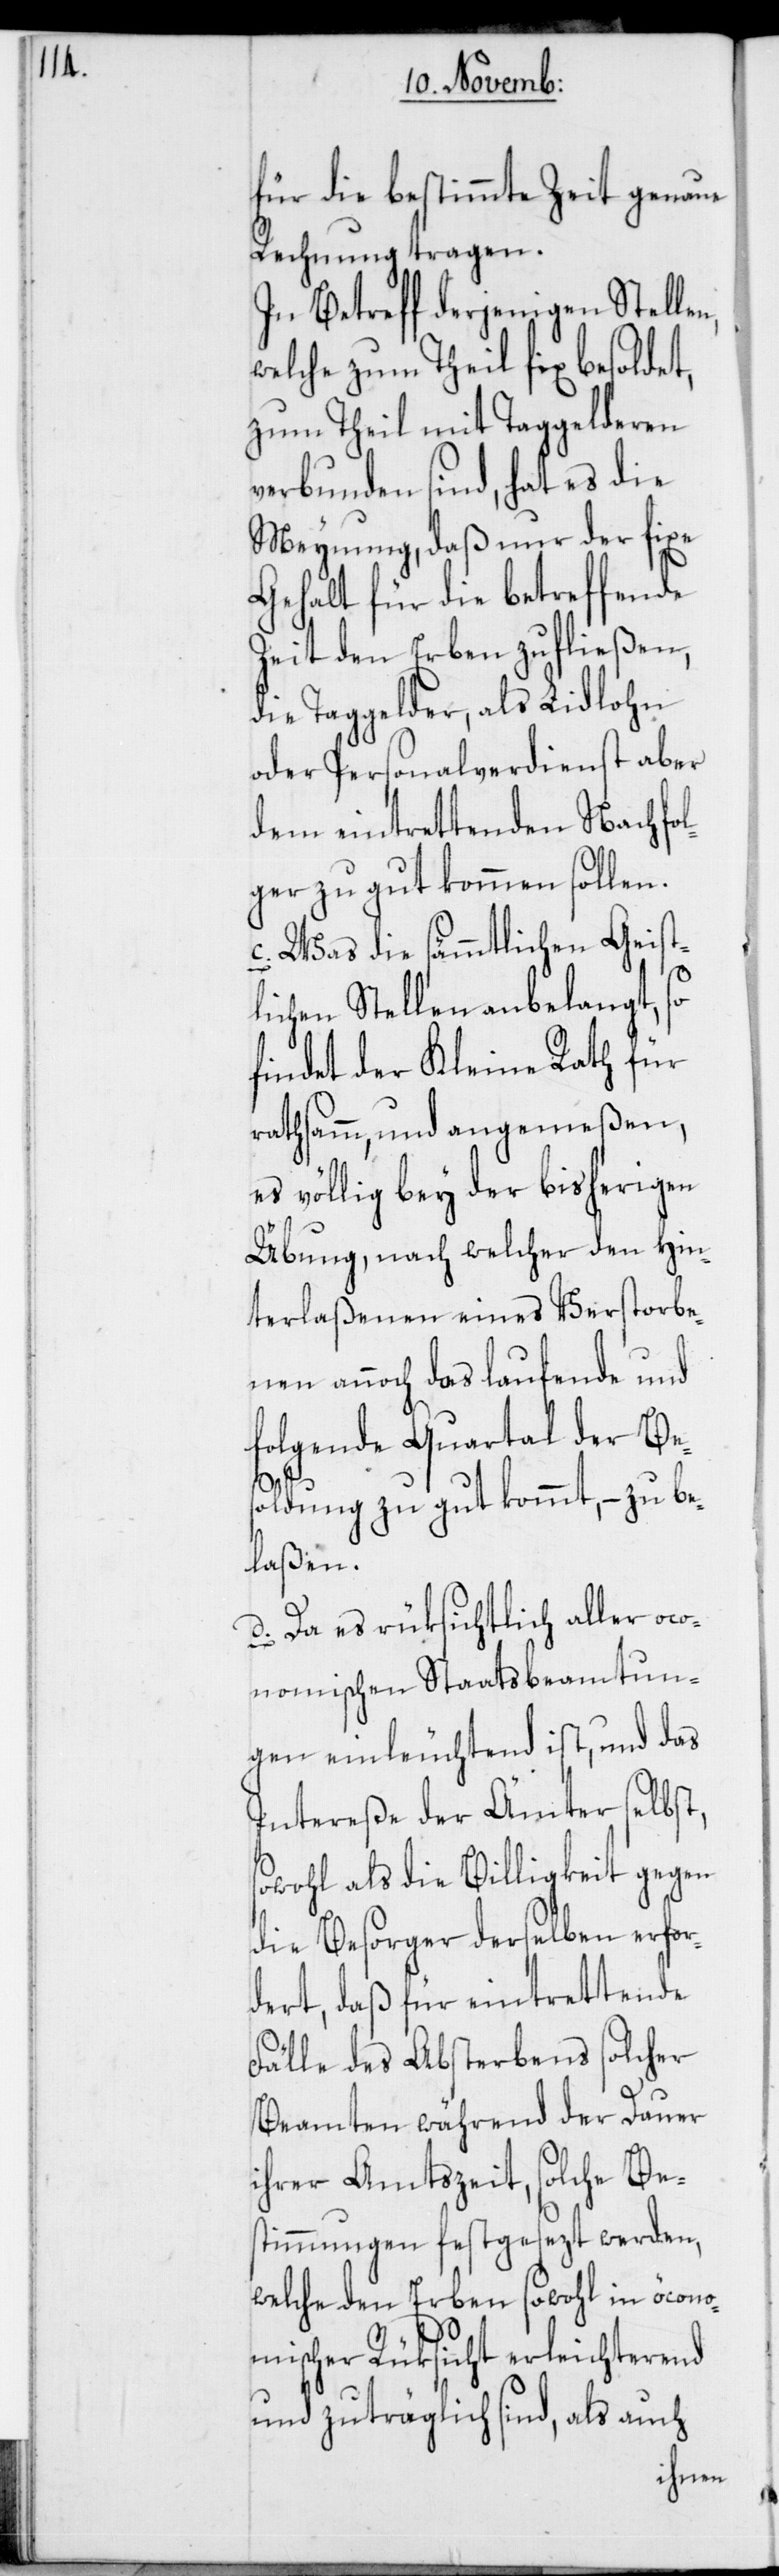
für die bestimmte Zeit genaue
Rechnung tragen.
In Betreff derjenigen Stelle¬
welche zum Theil fix besoldet,
zum Theil mit Taggelderen
verbunden sind, hat es die
Meynung, daß nur der fixe
Gehalt für die betreffende
Zeit den Erben zufließen,
die Taggelder, als Lidlohn
oder Personalverdienst aber
dem eintrettenden Nachfo¬
lger zu gut kommen sollen.
c. Was die sämmtlichen Geist¬
lichen Stellen anbelangt, so
findet der Kleine Rath für
rathsamm, und angemeßen,
es völlig bey der bisherigen
Übung, nach welcher den Hin¬
terlaßenen eines Verstorbe¬
nen annoch das laufende und
folgende Quartal der Be¬
soldung zu gut kommt, – zu be¬
laßen.
d. Da es rüksichtlich aller
[sic!] Staatsbeamtun¬
gen einleuchtend ist, und das
Intereße der Ämter selbst,
sowohl als die Billigkeit gegen
die Besorger derselben erfor¬
dert, daß für eintrettende
Fälle des Absterbens solcher
Beamten während der Dauer
ihrer Amtszeit, solche Be¬
stimmungen festgesezt werden,
welche den Erben sowohl in öcono¬
mischer Rüksicht erleichterend
und zuträglich sind, als auch
n,